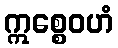
ဣစ္စေဝဟံ